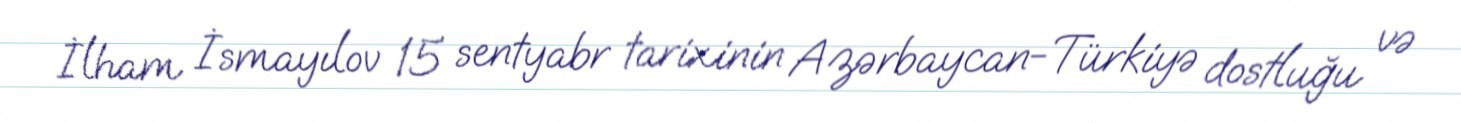
İlham İsmayılov 15 sentyabr tarixinin Azərbaycan-Türkiyə dostluğu və